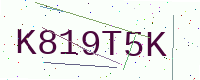
Text: K819T5K